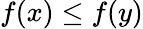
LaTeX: f(x)\leq f(y)